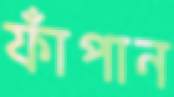
ফাঁপান